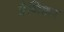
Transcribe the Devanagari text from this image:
डैनिशर